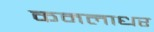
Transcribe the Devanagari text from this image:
कमलाधर